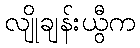
လျိုချန်းယွီက